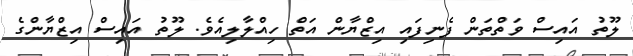
ލޫތު އައިސް ވަތްތަން ފެނިފައި އިޒްޔާން އަތް ހިއްލާލިއެވެ. ލޫތު އައިސް އިޒްޔާންގެ